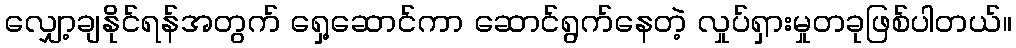
လျှော့ချနိုင်ရန်အတွက် ရှေ့ဆောင်ကာ ဆောင်ရွက်နေတဲ့ လှုပ်ရှားမှုတခုဖြစ်ပါတယ်။